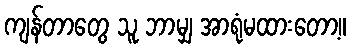
ကျန်တာတွေ သူ ဘာမျှ အာရုံမထားတော့။